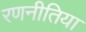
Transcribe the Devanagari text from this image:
रणनीतिया